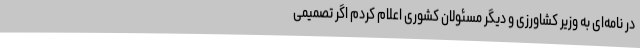
در نامه‌ای به وزیر کشاورزی و دیگر مسئولان کشوری اعلام کردم اگر تصمیمی